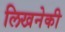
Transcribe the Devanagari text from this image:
लिखनेकी